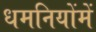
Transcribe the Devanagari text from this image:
धमनियोंमें